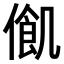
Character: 𠍃